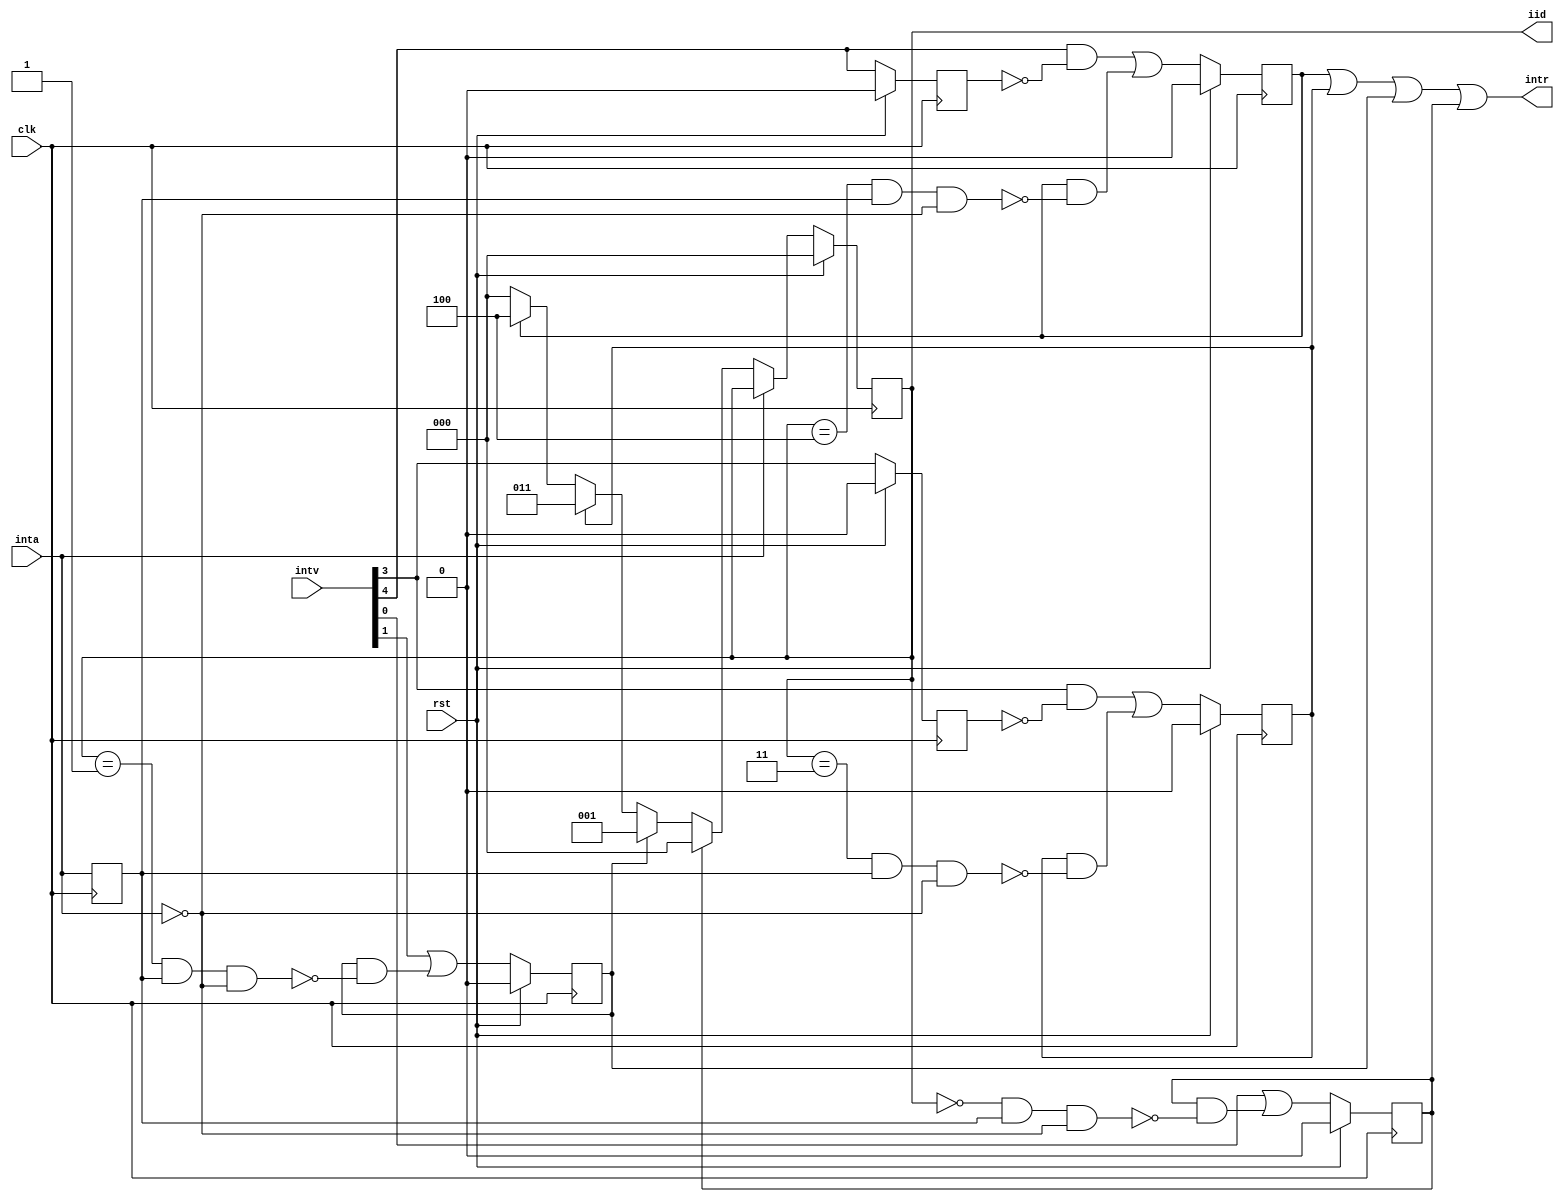
module simple_pic (
    input             clk,
    input             rst,
    input       [7:0] intv,
    input             inta,
    output            intr,
    output reg  [2:0] iid
  );

  // Registers
  reg [7:0] irr;
  reg       inta_r;
  reg       int3_r;
  reg       int4_r;

  // Continuous assignments, note that only IRQs 0,1,3 & 4 are driven atm
  assign intr = irr[4] | irr[3] | irr[1] | irr[0];

  // Behaviour of inta_r
  always @(posedge clk) inta_r <= inta;

  // irr
  always @(posedge clk)
    irr[0] <= rst ? 1'b0 : (intv[0] | irr[0] & !(iid == 3'b000 && inta_r && !inta));

  always @(posedge clk)
    irr[1] <= rst ? 1'b0 : (intv[1] | irr[1] & !(iid == 3'b001 && inta_r && !inta));

  always @(posedge clk)
    irr[3] <= rst ? 1'b0 : ((intv[3] && !int3_r) | irr[3] & !(iid == 3'b011 && inta_r && !inta));
  always @(posedge clk) int3_r <= rst ? 1'b0 : intv[3];    // int3_r

  always @(posedge clk)
    irr[4] <= rst ? 1'b0 : ((intv[4] && !int4_r) | irr[4] & !(iid == 3'b100 && inta_r && !inta));
  always @(posedge clk) int4_r <= rst ? 1'b0 : intv[4];    // int4_r

  always @(posedge clk)                        // iid
    iid <= rst ? 3'b0 : (inta ? iid :
                        (irr[0] ? 3'b000 :
                        (irr[1] ? 3'b001 :
                        (irr[3] ? 3'b011 :
                        (irr[4] ? 3'b100 : 
                                  3'b000
                        )))));

endmodule